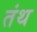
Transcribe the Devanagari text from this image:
तंथ